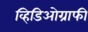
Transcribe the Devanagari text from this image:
व्हिडिओग्राफी